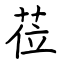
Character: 莅